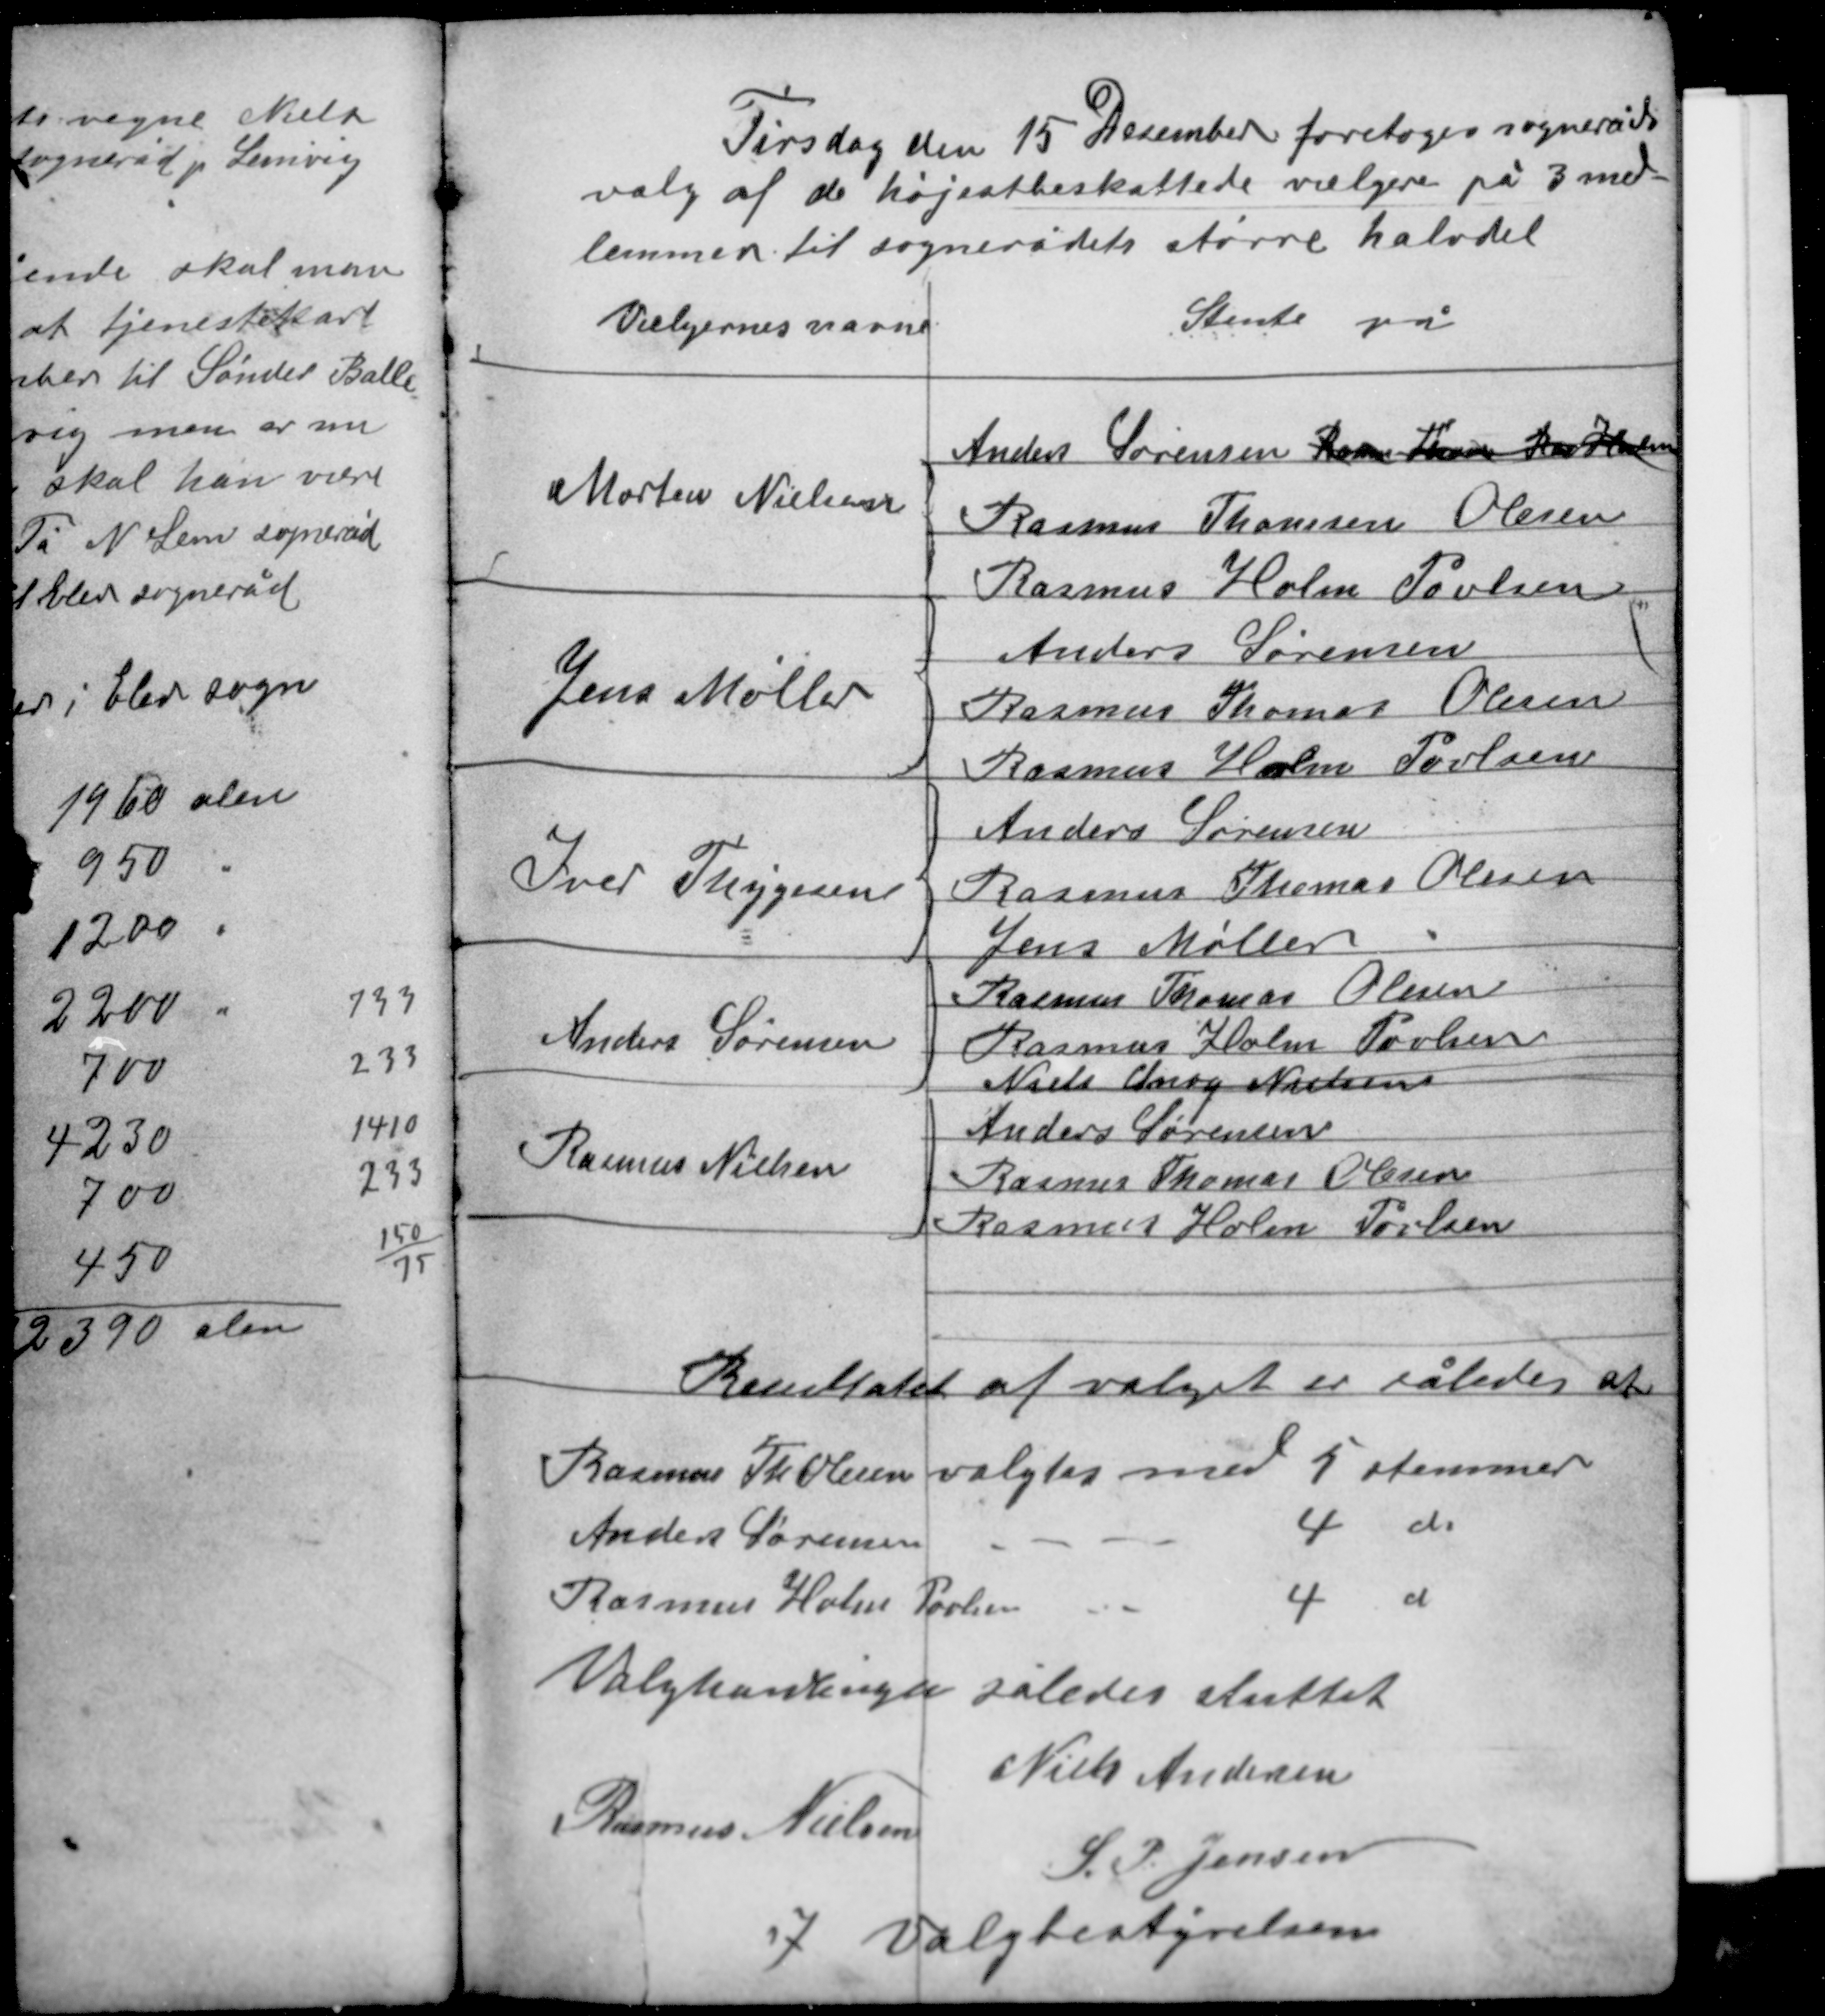
Transskription:
Tirsdag den 15 December foretoges sogneråds
valg af de højestbeskattede vælgere på 3 med-
lemmer til sognerådets større halvdel

Resultatet af valget er således at
Rasmus Th. Olesen valgtes med 5 stemmer
Anders Sørensen " " 4 do
Rasmus Holm Povlsen " " 4 do

Valghandlingen således sluttet
Niels Andersen
Rasmus Nielsen
S. P. Jensen
I Valgbestyrelsen